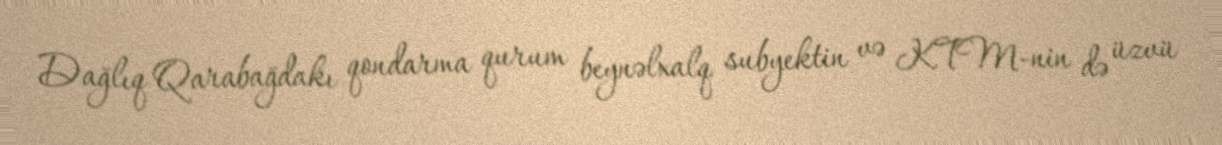
Dağlıq Qarabağdakı qondarma qurum beynəlxalq subyektin və KTM-nin də üzvü